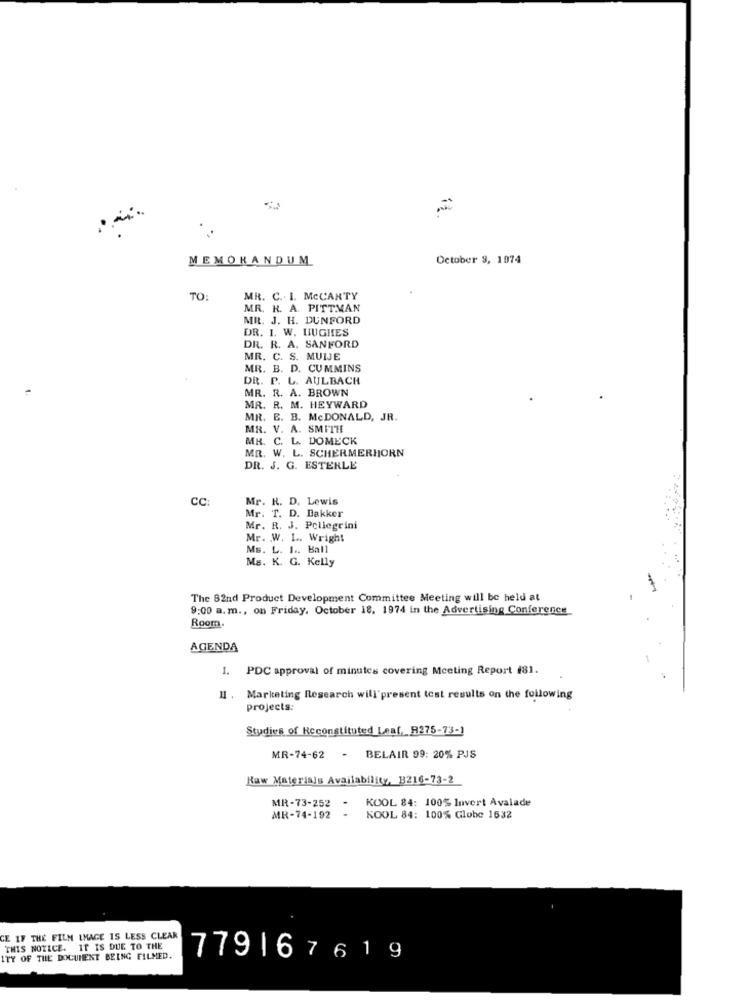
.
MEMORANDUM
October 9, 1974
TO:
MR. C .. I. MCCARTY
MR. R. A. PITT.MAN
MR. J. H. DUNFORD
DR. I. W. HUGHES
DR. R. A. SANFORD
MR. C. S. MUIJE
MR. B. D. CUMMINS
DR. P. L. AULBACH
MR. R. A. BROWN
MR. R. M. HEYWARD
MR. E. B. McDONALD, JR.
MR. V. A. SMITH
MR. C. L. DOMECK
MR. W. L. SCHERMERHORN
DR. J. G. ESTERLE
CC:
Mr. R. D. Lewis
Mr. T. D. Bakker
Mr. R. J. Pellegrini
Mr. W. L. Wright
Ms. L. L .. Ball
Ms. K. G. Kelly
The 82nd Product Development Committee Meeting will be held at
9:00 a.m ., on Friday, October 18, 1974 in the Advertising Conference
Room.
AGENDA
1. PDC approval of minutes covering Meeting Report #81.
II . Marketing Research will present test results on the following
projects:
Studies of Reconstituted Leaf, R275-73-1
MR-74-62
- BELAIR 99: 20% PJS
Raw Materials Availability, B216-73-2
KOOL 84: 100% Invert Avalade
MR-73-252
MR-74-192
KOOL 84: 100% Globe 1632
CE IF THE FILM IMAGE IS LESS CLEAR
THIS NOTICE. IT IS DUE TO THE
ITY OF THE DOCUMENT BEING FILMED.
779167619